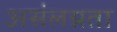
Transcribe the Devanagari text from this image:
असंलग्नता